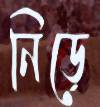
নিড়ে